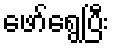
ဖော်ရွေပြီး